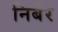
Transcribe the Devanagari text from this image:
निर्बर